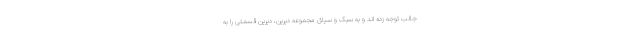
جالب توجه زده اند و به سبک و سیاق مجموعه دیرین، دیرین قسمتی را به